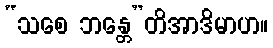
“သစေ ဘန္တေ”တိအာဒိမာဟ။